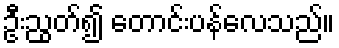
ဦးညွတ်၍ တောင်းပန်လေသည်။